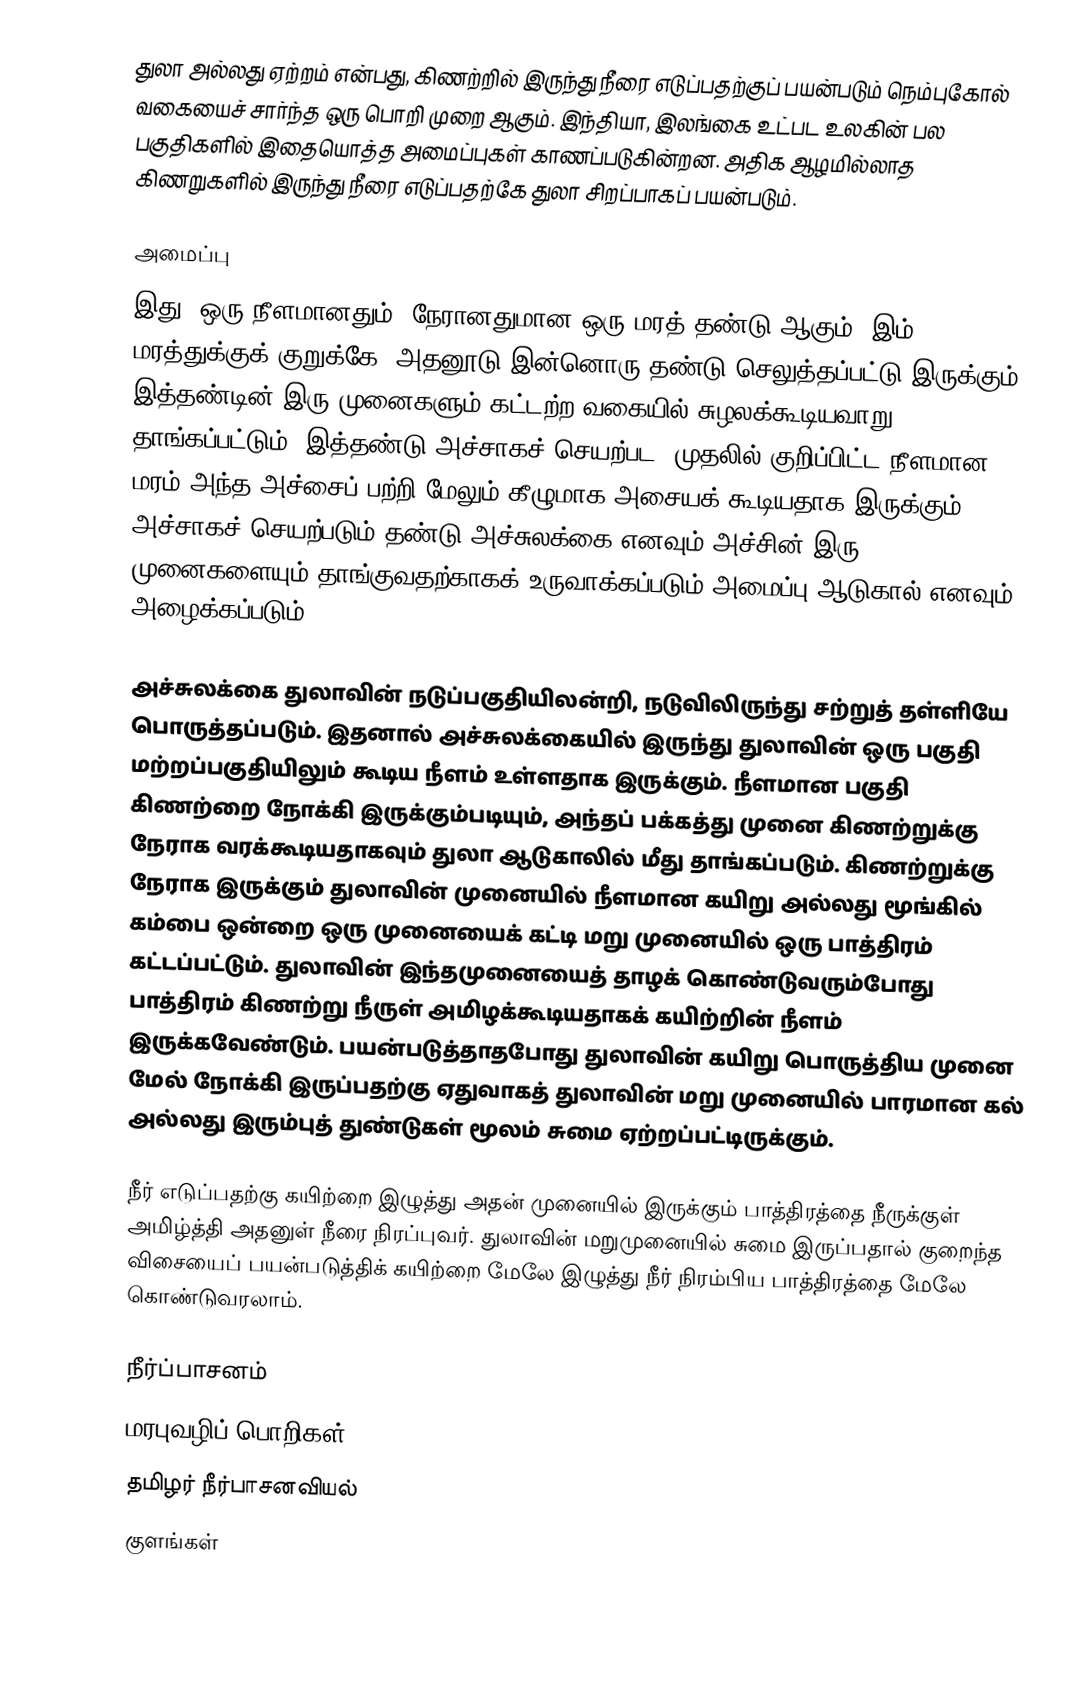
துலா அல்லது ஏற்றம் என்பது, கிணற்றில் இருந்து நீரை எடுப்பதற்குப் பயன்படும் நெம்புகோல் வகையைச் சார்ந்த ஒரு பொறி முறை ஆகும். இந்தியா, இலங்கை உட்பட உலகின் பல பகுதிகளில் இதையொத்த அமைப்புகள் காணப்படுகின்றன. அதிக ஆழமில்லாத கிணறுகளில்  இருந்து நீரை எடுப்பதற்கே துலா சிறப்பாகப் பயன்படும்.

அமைப்பு
இது, ஒரு நீளமானதும், நேரானதுமான ஒரு மரத் தண்டு ஆகும். இம் மரத்துக்குக் குறுக்கே, அதனூடு இன்னொரு தண்டு செலுத்தப்பட்டு இருக்கும். இத்தண்டின் இரு முனைகளும் கட்டற்ற வகையில் சுழலக்கூடியவாறு தாங்கப்பட்டும். இத்தண்டு அச்சாகச் செயற்பட, முதலில் குறிப்பிட்ட நீளமான மரம் அந்த அச்சைப் பற்றி மேலும் கீழுமாக அசையக் கூடியதாக இருக்கும். அச்சாகச் செயற்படும் தண்டு அச்சுலக்கை எனவும் அச்சின் இரு முனைகளையும் தாங்குவதற்காகக் உருவாக்கப்படும் அமைப்பு ஆடுகால் எனவும் அழைக்கப்படும்.

அச்சுலக்கை துலாவின் நடுப்பகுதியிலன்றி, நடுவிலிருந்து சற்றுத் தள்ளியே பொருத்தப்படும். இதனால் அச்சுலக்கையில் இருந்து துலாவின் ஒரு பகுதி மற்றப்பகுதியிலும் கூடிய நீளம் உள்ளதாக இருக்கும். நீளமான பகுதி கிணற்றை நோக்கி இருக்கும்படியும், அந்தப் பக்கத்து முனை கிணற்றுக்கு நேராக வரக்கூடியதாகவும் துலா ஆடுகாலில் மீது தாங்கப்படும். கிணற்றுக்கு நேராக இருக்கும் துலாவின் முனையில் நீளமான கயிறு அல்லது மூங்கில் கம்பை ஒன்றை ஒரு முனையைக் கட்டி மறு முனையில் ஒரு பாத்திரம் கட்டப்பட்டும். துலாவின் இந்தமுனையைத் தாழக் கொண்டுவரும்போது பாத்திரம் கிணற்று நீருள் அமிழக்கூடியதாகக் கயிற்றின் நீளம் இருக்கவேண்டும். பயன்படுத்தாதபோது துலாவின் கயிறு பொருத்திய முனை மேல் நோக்கி இருப்பதற்கு ஏதுவாகத் துலாவின் மறு முனையில் பாரமான கல் அல்லது இரும்புத் துண்டுகள் மூலம் சுமை ஏற்றப்பட்டிருக்கும்.

நீர் எடுப்பதற்கு கயிற்றை இழுத்து அதன் முனையில் இருக்கும் பாத்திரத்தை நீருக்குள் அமிழ்த்தி அதனுள் நீரை நிரப்புவர். துலாவின் மறுமுனையில் சுமை இருப்பதால் குறைந்த விசையைப் பயன்படுத்திக் கயிற்றை மேலே இழுத்து நீர் நிரம்பிய பாத்திரத்தை மேலே கொண்டுவரலாம்.

நீர்ப்பாசனம்
மரபுவழிப் பொறிகள்
தமிழர் நீர்பாசனவியல்
குளங்கள்